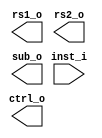
`timescale 1ns / 1ps
//////////////////////////////////////////////////////////////////////////////////
// Company: 
// Engineer: 
// 
// Design Name: 
// Module Name: MMU
// Project Name: 
// Target Devices: 
// Tool Versions: 
// Description: 
// 
// Dependencies: 
// 
// Revision:
// Revision 0.01 - File Created
// Additional Comments:
// 
//////////////////////////////////////////////////////////////////////////////////


module MMU #(
    parameter BUS_WIDTH = 32
)(
    input [BUS_WIDTH - 1:0] inst_i,
    output [BUS_WIDTH - 1:0] rs1_o,
    output [BUS_WIDTH - 1:0] rs2_o,
    output sub_o,
    output ctrl_o
);
    
endmodule